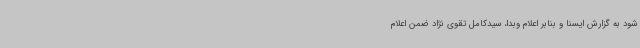
شود به گزارش ایسنا و بنابر اعلام وبدا، سیدکامل تقوی نژاد ضمن اعلام